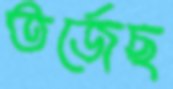
তর্জেছ